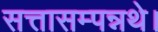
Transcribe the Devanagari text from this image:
सत्तासम्पन्नथे।